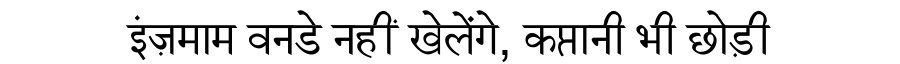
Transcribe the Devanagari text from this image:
इंज़माम वनडे नहीं खेलेंगे, कप्तानी भी छोड़ी